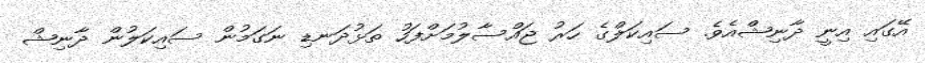
އޭގައި އިނީ ދާނިޝްއެވެ. ސައިކަލްގެ ހަރު ޖައްސާލުމަށްފަހު ތަޅުދަނޑި ނަގަމުން ސައިކަލުުން ދާނިޝް